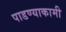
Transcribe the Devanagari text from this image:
पाडण्याकामी